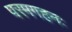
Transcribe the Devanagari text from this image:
परमगहनः